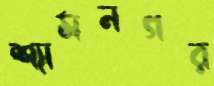
শ্যামনগর